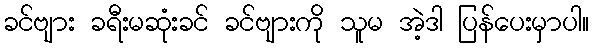
ခင်ဗျား ခရီးမဆုံးခင် ခင်ဗျားကို သူမ အဲ့ဒါ ပြန်ပေးမှာပါ။